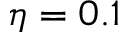
\eta = 0 . 1